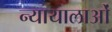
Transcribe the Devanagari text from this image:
न्यायालाओं